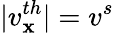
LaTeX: |v_{\mathbf{x}}^{th}|=v^{s}